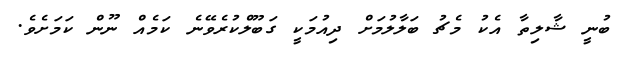
ބުނީ ޝާލިތާ އެކު މެޗު ބަލާލުމަށް ދިއުމަކީ ގަބޫލްކުރެވޭނެ ކަމެއް ނޫން ކަމަށެވެ.